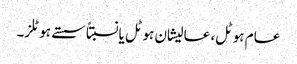
عام ہوٹل، عالیشان ہوٹل یانسبتاً سستے ہوٹلز۔